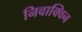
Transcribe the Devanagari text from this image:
निवाक्विन